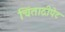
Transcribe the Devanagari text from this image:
चिंताद्रीपेट